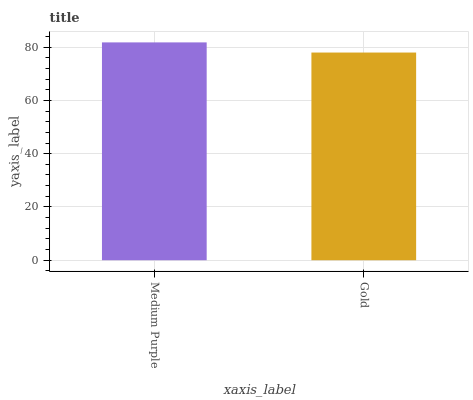
| xaxis_label | bars |
 | --- | --- |
 | Medium Purple | 81.8 |
 | Gold | 78 |